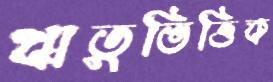
ঋতুভিত্তিক